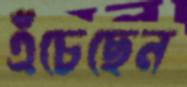
এঁচেছেন